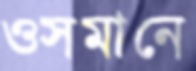
ওসমানে